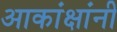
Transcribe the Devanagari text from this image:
आकांक्षांनी